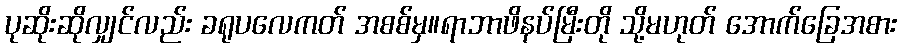
ပုဆိုးဆိုလျှင်လည်း ခရုပလေကတ် အစစ်မှ။ရာဘာဖိနပ်မြီးတို သို့မဟုတ် အောက်ခြေအစား